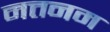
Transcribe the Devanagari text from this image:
नत्तनम